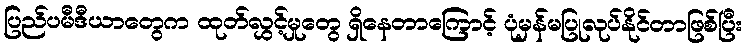
ပြည်ပမီဒီယာတွေက ထုတ်လွှင့်မှုတွေ ရှိနေတာကြောင့် ပုံမှန်မပြုလုပ်နိုင်တာဖြစ်ပြီး